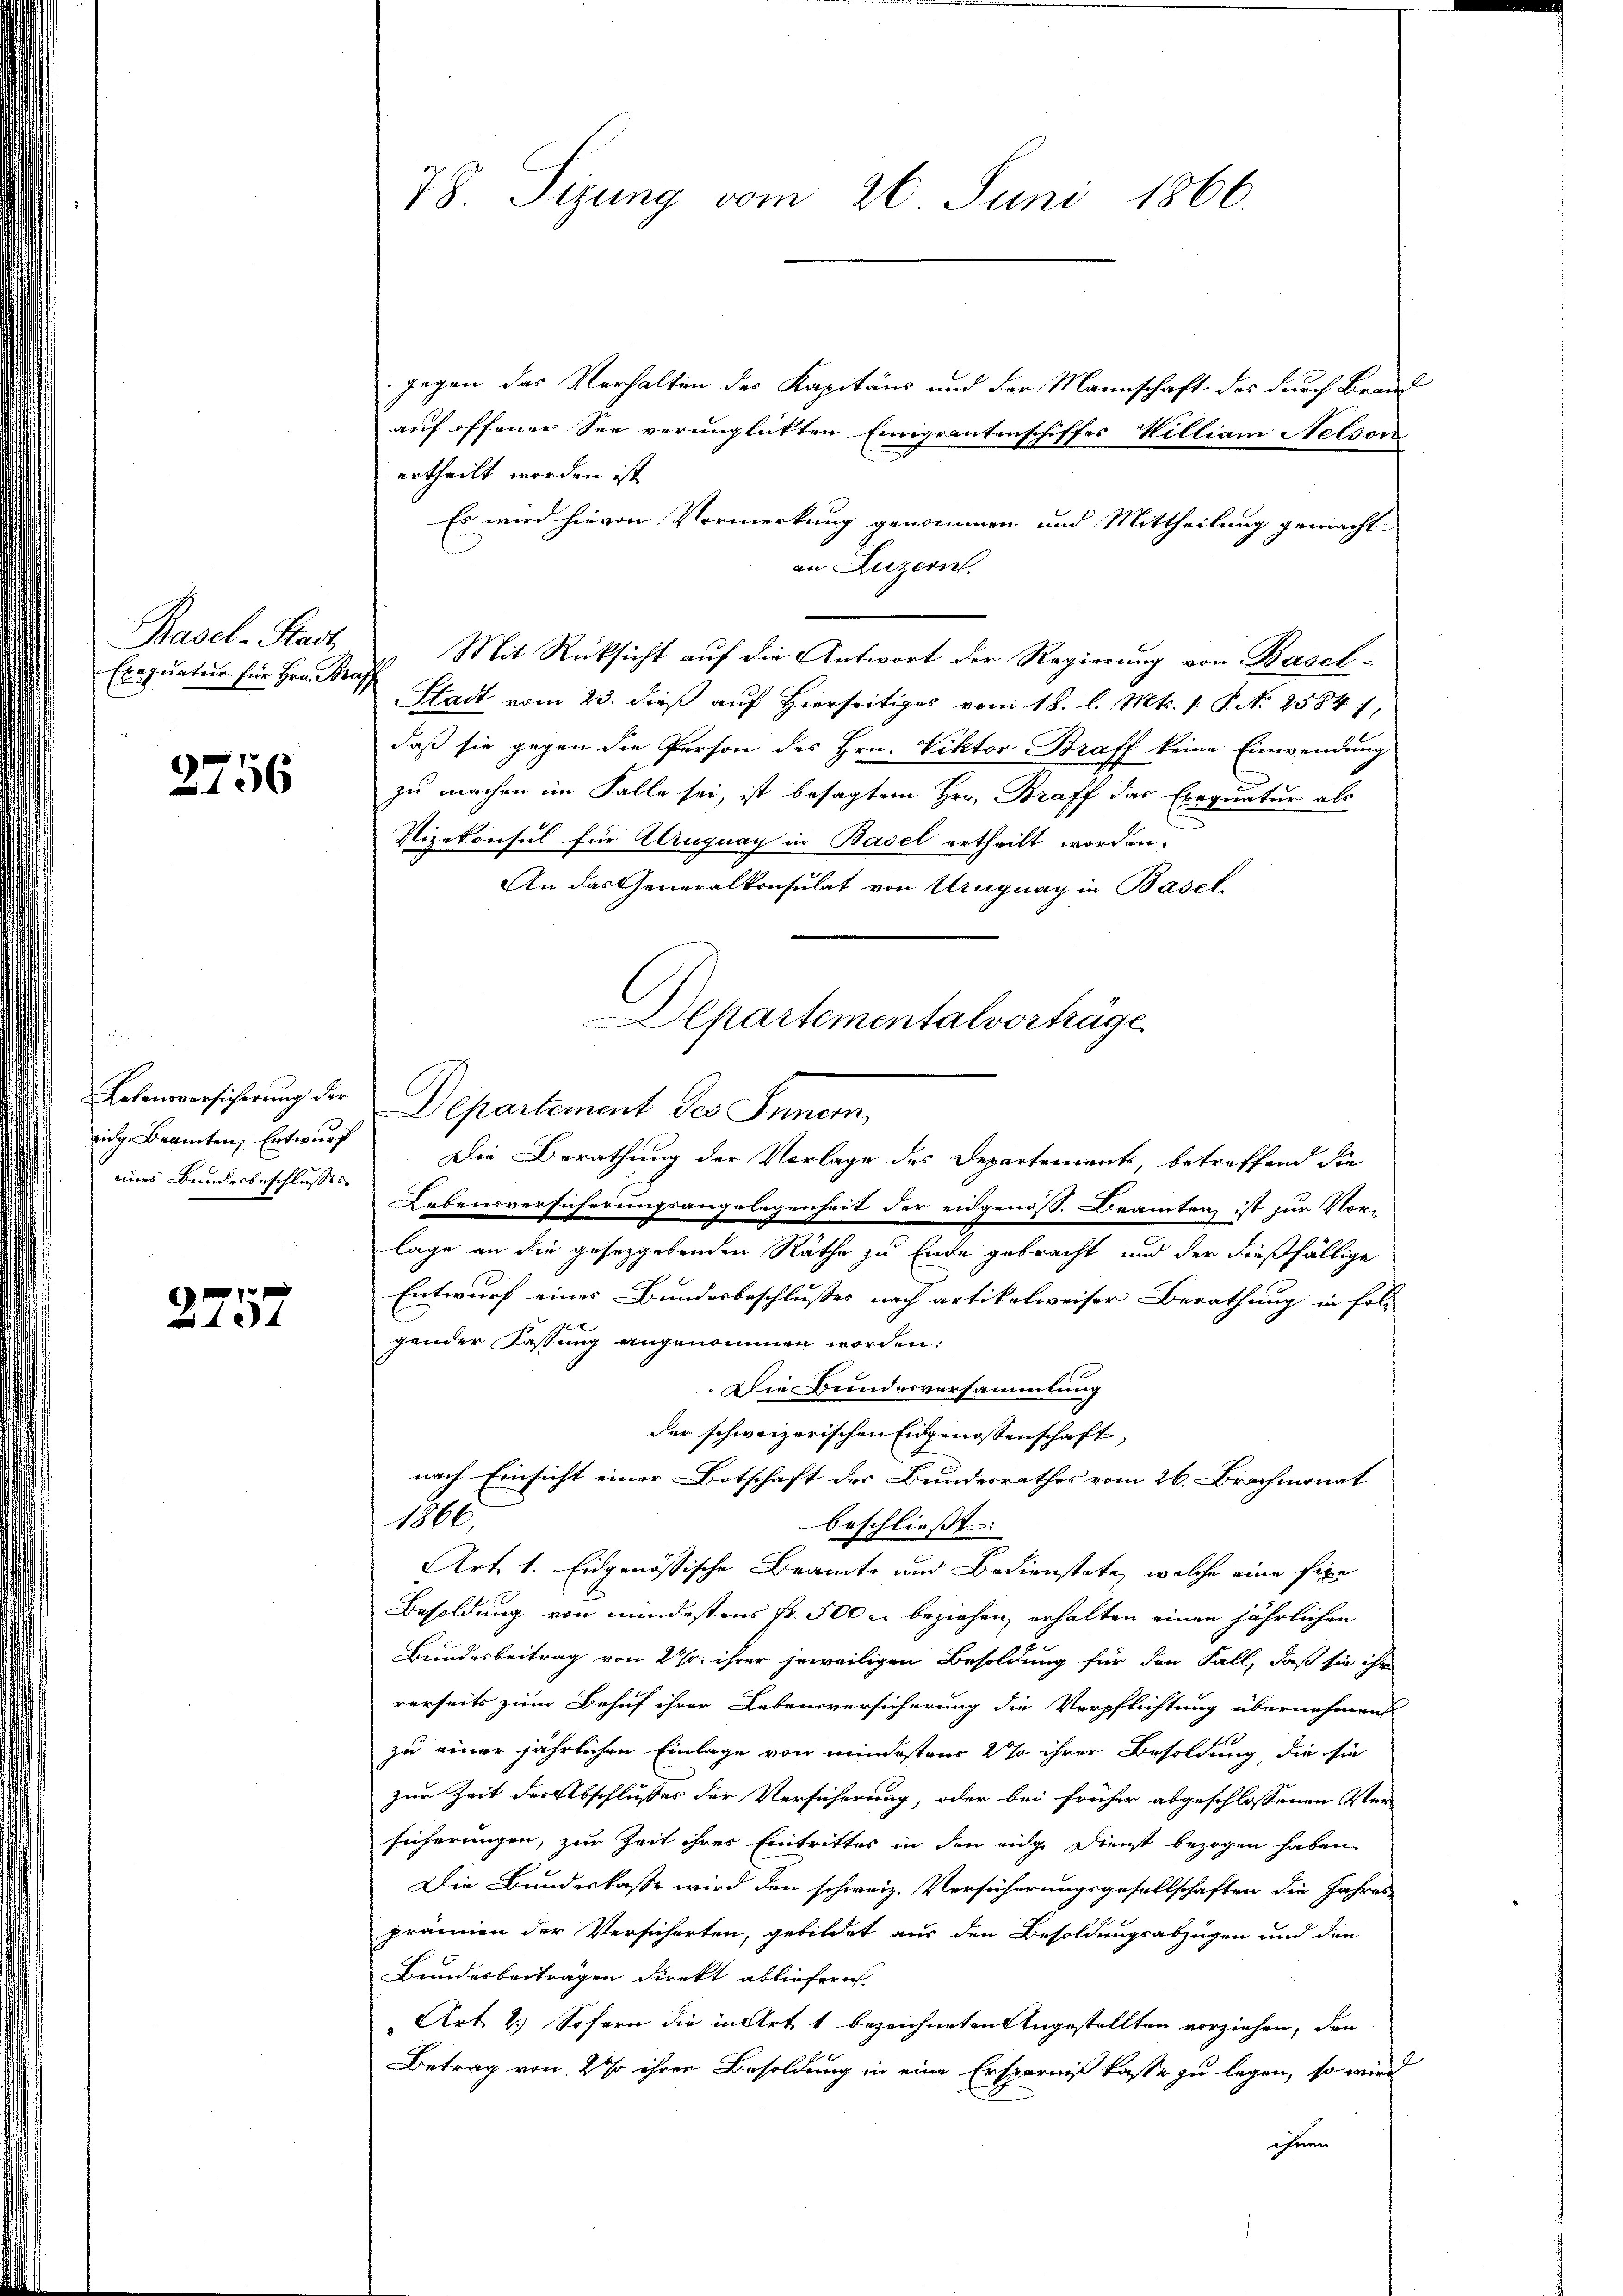
Basel-Stadt
Exequatur für Hrn. Bra

2756

Lebensversicherung der
eidg. Beamten, Entwurf
eines Bundesbeschlusses

2757

78. Sizung vom 26. Juni 1866.

gegen das Verhalten des Kapitäns und der Mannschaft des durch Brand
auf offener See verunglickten Emigrantenschiffes William Nelson
ertheilt worden ist
Es wird hievon Vormerkung genommen und Mittheilung gemacht
an Luzern.
Es Mit Rücksicht auf die Antwort der Regierung von Basel¬
Stadt vom 23. dieß auf Hierseitiges vom 18. l. Mts. 1. P. N. 25847,
daß sie gegen die Person des Hrn. Viktor Braff keine Einwendung
zu machen im Falle sei, ist besagtem Hrr. Braff das Exequatur als
Vizekonsul für Uruguay in Basel ertheilt worden.
An das Generalkonsulat von Uruguay in Basel.
Departement des Innern,
Die Berathung der Vorlage des Departements, betreffend die
Lebensversicherungsangelegenheit der eidgenöss. Beamten ist zur Vorlage an die gesetzgebenden Räthe zu Ende gebracht und der dießfällige
Entwurf eines Bundesbeschlußes nach artikelweiser Berathung in fol-
x
gender Fassung angenommen worden:
Die Bundesversammlung
der schweizerischen Eidgenossenschaft,
nach Einsicht einer Botschaft des Bundesrathes vom 26. Brachmonat
1000.
beschließt:
Art. 1. Eidgenössische Beamte und Bedienstete, welche eine fixe
Besoldung von mindestens Fr. 500 u. beziehen, erhalten einen jährlichen
Bundesbeitrag von 27. ihrer jeweiligen Besoldung für den Fall, daß sie ihr
rerseits zum Behuf ihrer Lebensversicherung die Verpflichtung übernehmend
zu einer jährlichen Einlage von mindestaer 2% ihrer Besoldung die sie
zur Zeit der Abschlusses der Versicherung, oder bei früher abgeschlossenen Ver
sicherungen, zur Zeit ihres Eintrittes in den eige Dienst bezogen haben
Die Bundeskasse wird den schweiz. Versicherungsgesellschaften die Jahres-
prämien der Versicherten, gebildet aus den Besoldungsabzügen und den
Bundesbeiträgen direkt abliefern.
Art 2.) Sofern die in Art 1 bezeichneten Angestellten vorziehen, den
Betrag von 2 % ihrer Besoldung in eine Ersparniß kasse zu legen, so wird
ihnen

Departementalvorträge